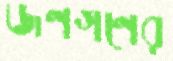
জণগণের